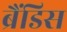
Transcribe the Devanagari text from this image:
ब्रैंडिस